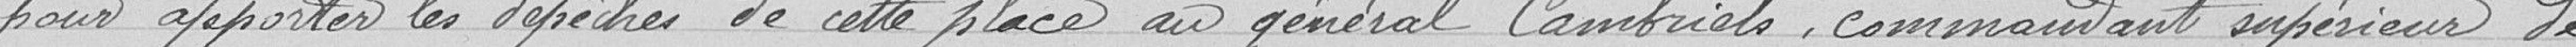
pour apporter les dépêches de cette place au général Cambriels, commandant supérieur de